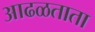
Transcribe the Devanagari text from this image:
आढळताता